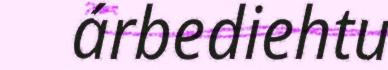
árbediehtu